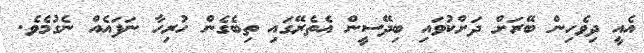
އެއީ ދިވެހިން ބޭރަށް ދަށްކުވައި ބިދޭސީން އެތެރޭގައި ތިބެގެން ހުރިހާ ނަފައެއް ނެގުމެވެ.